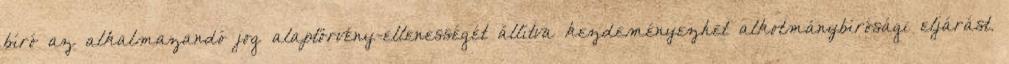
bíró az alkalmazandó jog alaptörvény-ellenességét állítva kezdeményezhet alkotmánybírósági eljárást.